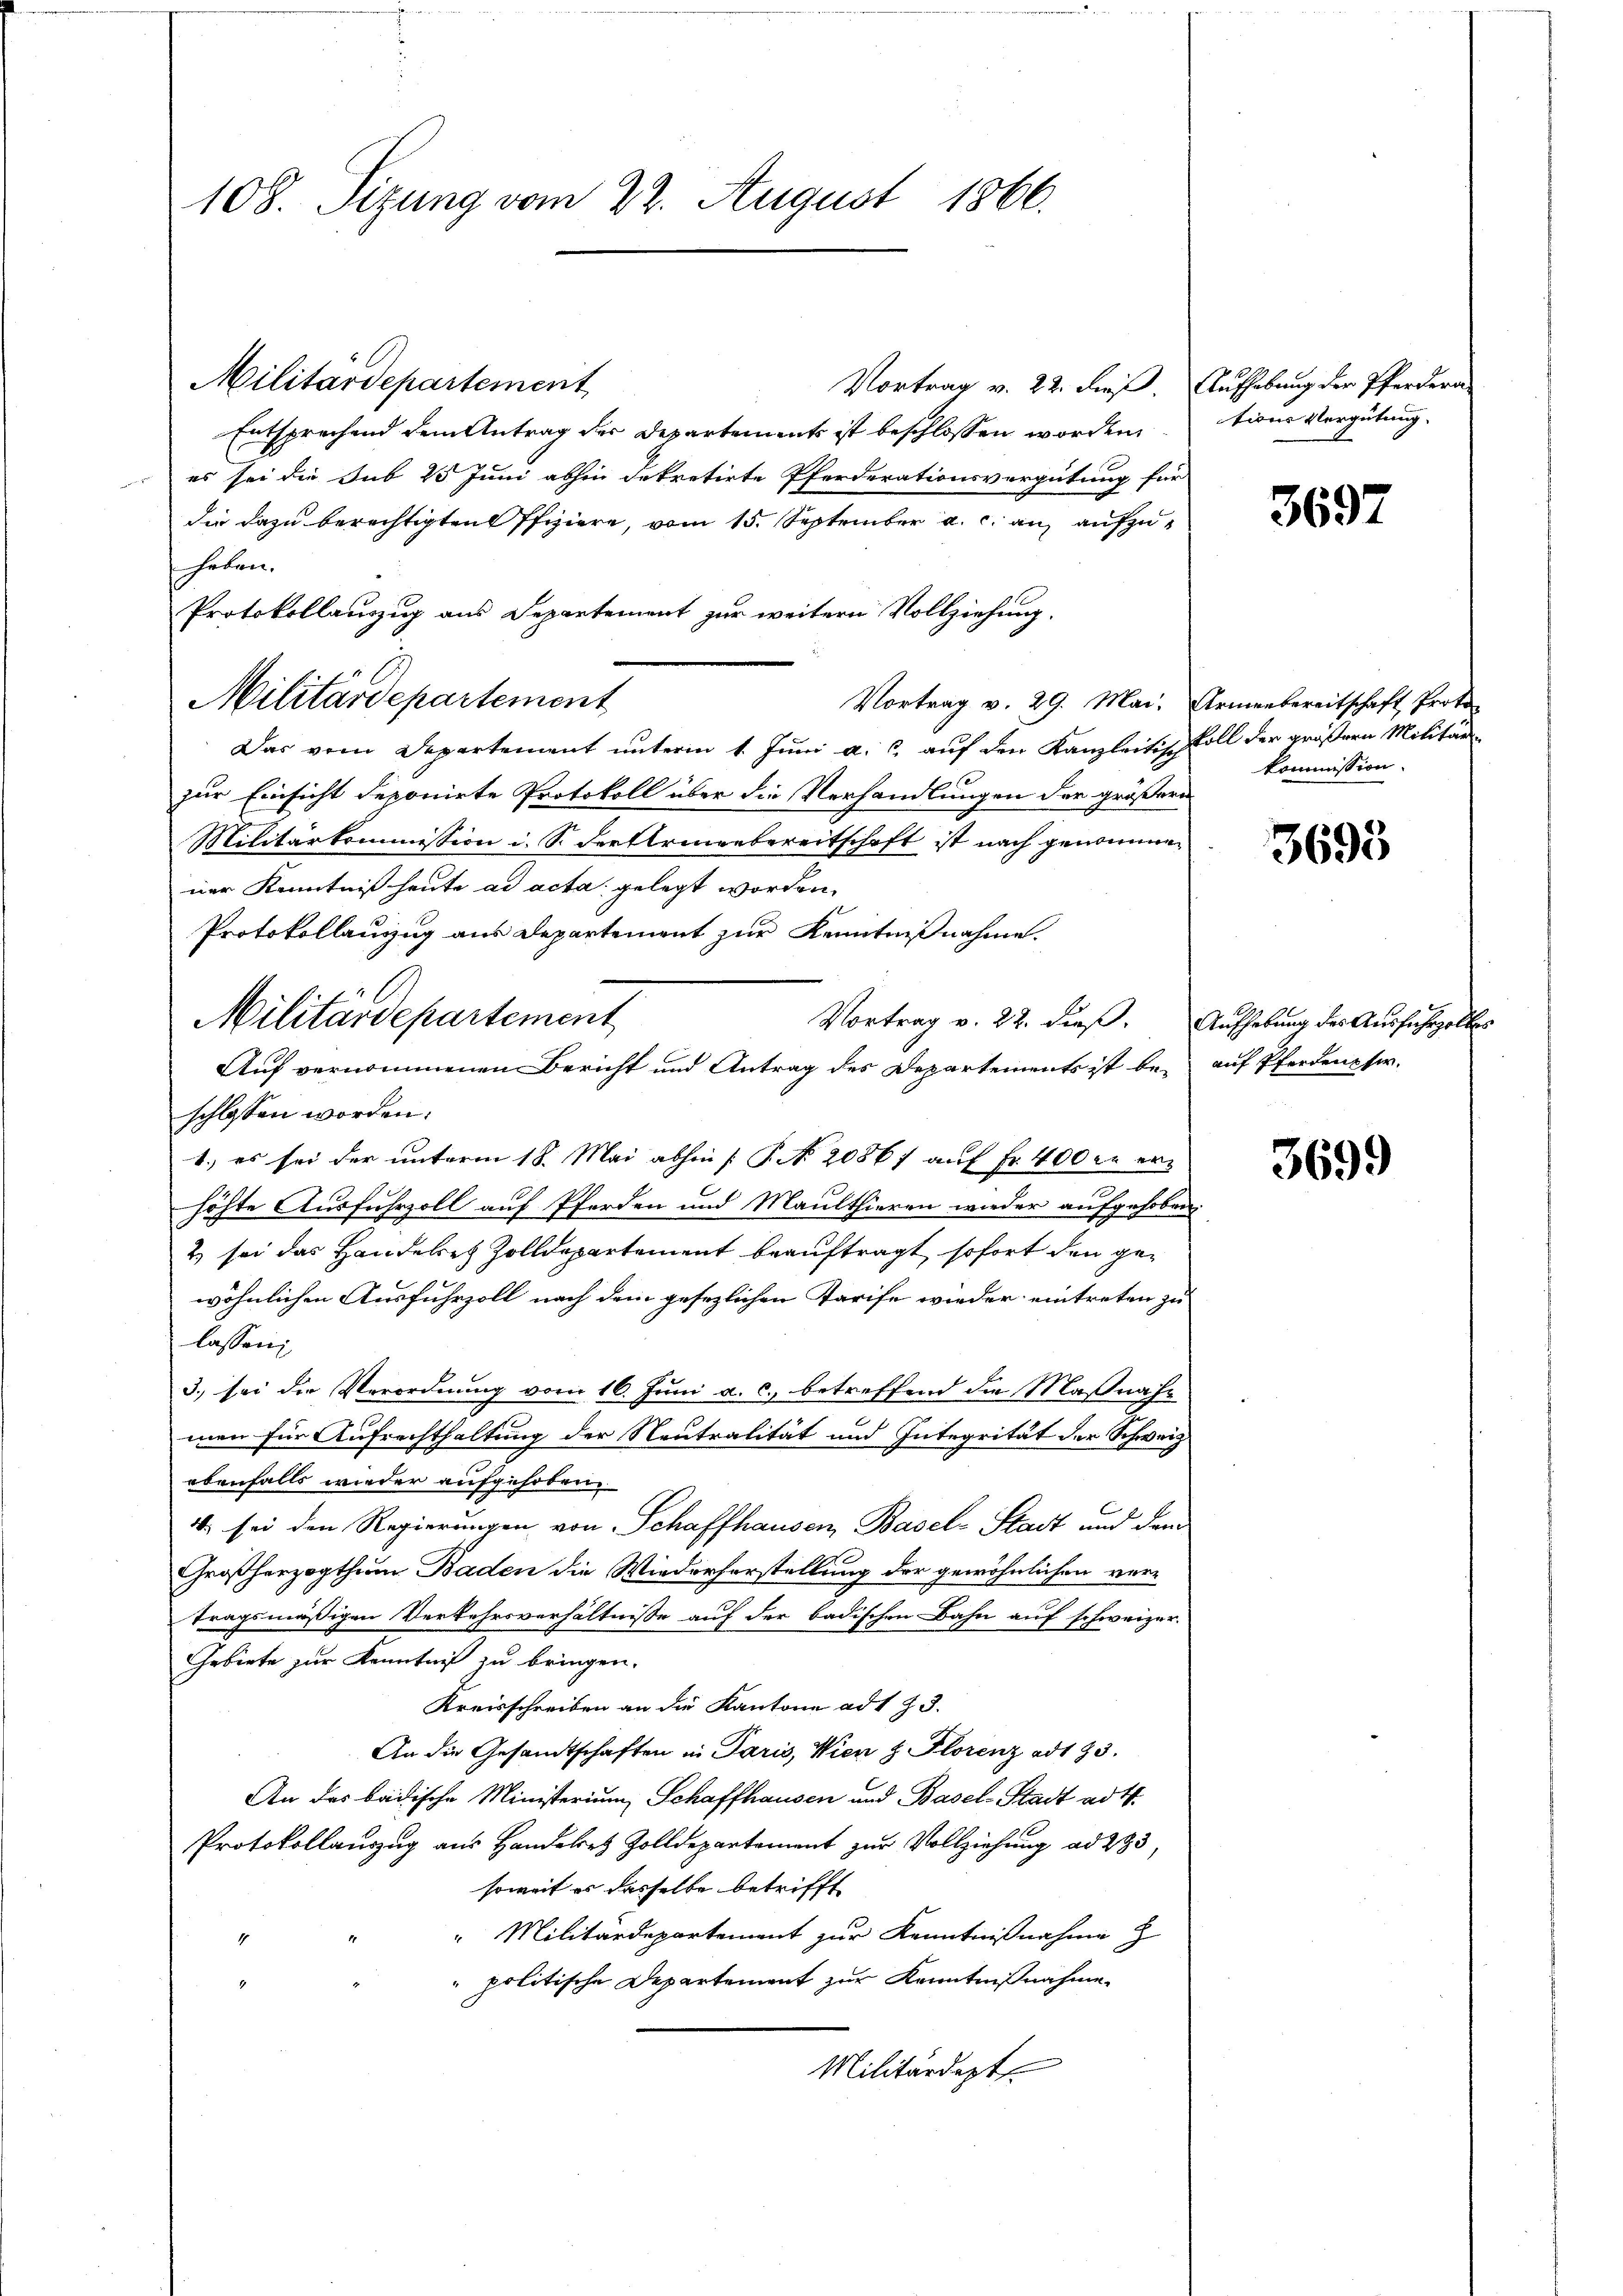
108. Sizung vom 22. August 1866.

Militärdepartement
Vortrag v. 22. dieß. Aufhebung der Pferdera-
Entsprechend dem Antrag der Departements ist beschlossen worden
es sei die Sub 25 Juni abhin dekretirte Pferderationsvergütung für
die dazu berechtigten Pfiziere, vom 15. September a. c. an aufzuhaben.
Protokollanzug aus Separtement zur weitern Vollziehung.

Militärdepartement

Militärdepartement

Vortrag v. 29. Mai, Armenbereitschaft Proto
Das vom Departement unterm 1. Juni a. c. auf den Kanzleitischoll der größern Militär
zur Einsicht deponirte Protokoll über die Verhandlungen der größere
Militärkommission i. S. der Armeebereitschaft ist nach genommen
ner Kenntniß heute ad acta gelegt worden.
Protokollanzug aus Departement zur Kenntnißnahme.
Vortrag v. 22. dieß. Aufhebung des Ausfuhrzolles
Auf vernommenen Bericht und Antrag des Departements ist bei auf Pferdenpfer.
schlossen worden:
1.) es sei der unterm 18. Mai abhin [P. N. 20867 auf Fr. 400 fr erhöhte Ausfuhrzoll auf Pferden und Maulthieren wieder aufgehoben
2) sei das Handeres Zolldepartement beauftragt, sofort den gewöhnlichen Ausfuhrzoll nach dem gesezlichen Tarife wieder eintreten zu
lassen;
3.) sei die Verordnung vom 16. Juni a. c., betreffend die Maßnahmen für Aufrechthaltung der Neutralität und Integrität der Schweiz
ebenfalls wieder aufgehoben.
10 sei den Regierungen von Schaffhausen, Basel-Stadt und dam
Großherzogthum Baden die Wiederherstellung der gewöhnlichen vertragsmäßigen Verkehrsverhältnisse auf der badischen Bahn auf schweizer.
Gebiete zur Kenntniß zu bringen.
Kreisschreiben an die Kantone ad 173.
An die Gesandtschaften in Paris, Wien & Florenz ad 193.
An des badische Ministerium Schaffhausen und Basel-Stadt ad 1.
Protokollauszug aus Handelt Zolldepartement zur Vollziehung ad 233,
soweit es dasselbe betrifft
" Militärdepartement zur Kenntnißnahme z
" politische Departement zur Kenntnißnahme
Militärdept

tions Vergütung

3697

kommission.

3693

3699